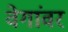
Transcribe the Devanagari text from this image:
वेगांवर